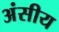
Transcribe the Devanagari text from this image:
अंसीय